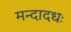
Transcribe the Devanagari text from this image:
मन्दादधः